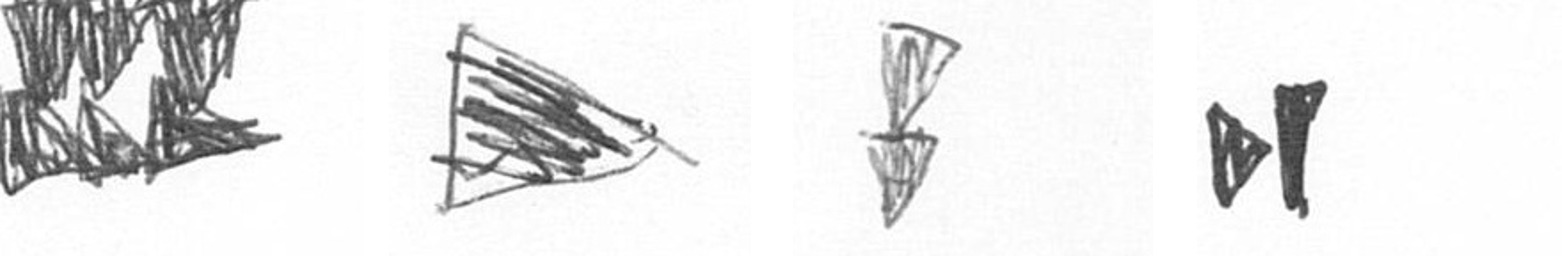
D T Z M